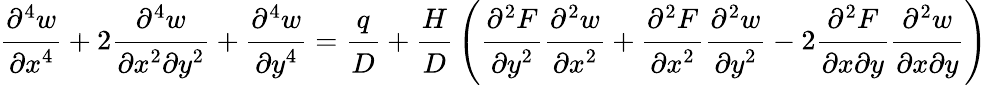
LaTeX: {\cfrac{\partial^{4}w}{\partial x^{4}}}+2{\cfrac{\partial^{4}w}{\partial x^{2}\partial y^{2}}}+{\cfrac{\partial^{4}w}{\partial y^{4}}}={\cfrac{q}{D}}+{\cfrac{H}{D}}\left({\cfrac{\partial^{2}F}{\partial y^{2}}}{\cfrac{\partial^{2}w}{\partial x^{2}}}+{\cfrac{\partial^{2}F}{\partial x^{2}}}{\cfrac{\partial^{2}w}{\partial y^{2}}}-2{\cfrac{\partial^{2}F}{\partial x\partial y}}{\cfrac{\partial^{2}w}{\partial x\partial y}}\right)